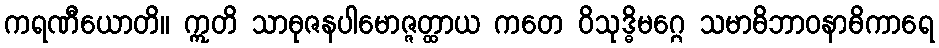
ကရဏီယောတိ။ ဣတိ သာဓုဇနပါမောဇ္ဇတ္ထာယ ကတေ ဝိသုဒ္ဓိမဂ္ဂေ သမာဓိဘာဝနာဓိကာရေ